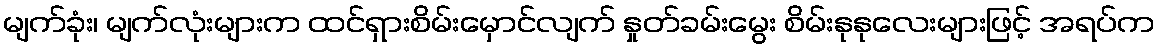
မျက်ခုံး၊ မျက်လုံးများက ထင်ရှားစိမ်းမှောင်လျက် နှုတ်ခမ်းမွေး စိမ်းနုနုလေးများဖြင့် အရပ်က